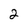
Character: 2